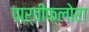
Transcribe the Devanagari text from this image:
पार्वीफ्लोरा